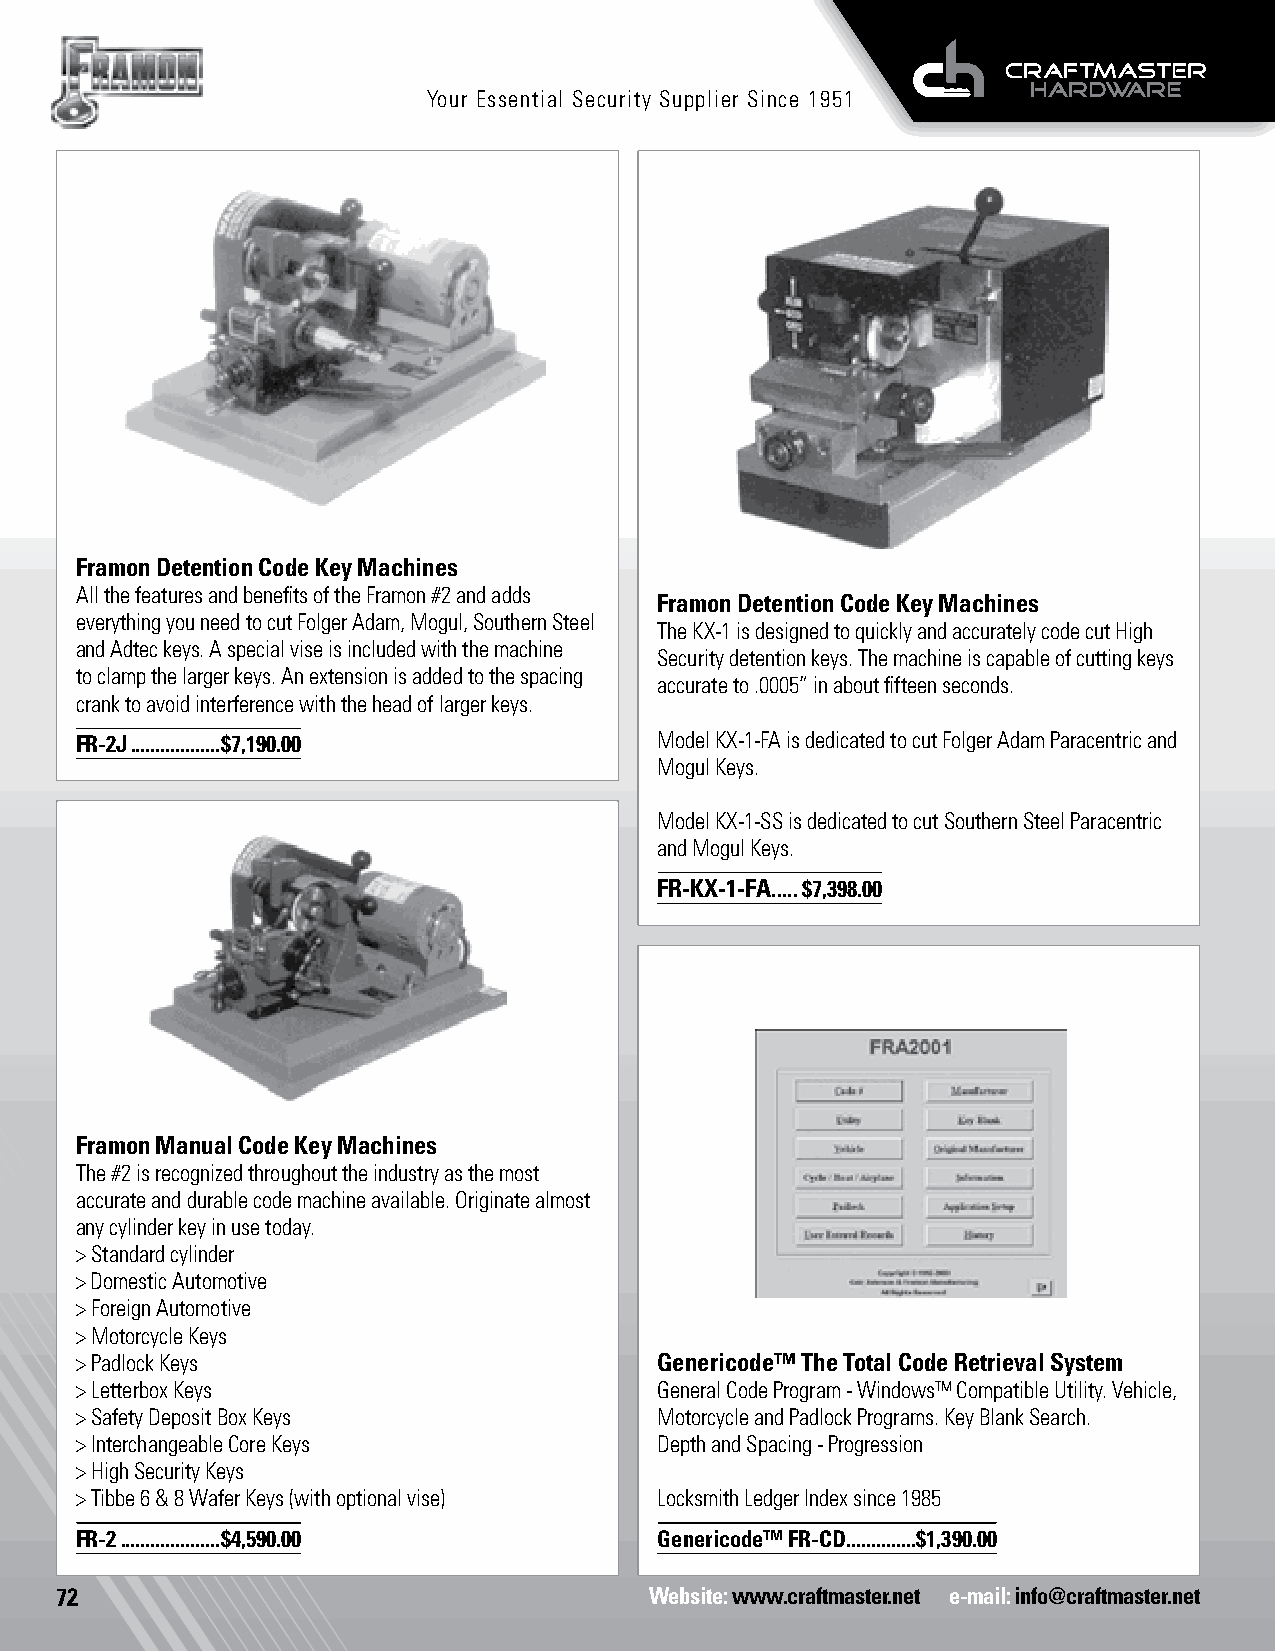
Your Essential Security Supplier Since 1951
 Framon Detention Code Key Machines
 All the features and benefits of the Framon #2 and adds
 Framon Detention Code Key Machines
 everything you need to cut Folger Adam, Mogul, Southern Steel
 The KX-1 is designed to quickly and accurately code cut High
 and Adtec keys. A special vise is included with the machine
 Security detention keys. The machine is capable of cutting keys
 to clamp the larger keys. An extension is added to the spacing
 accurate to .0005” in about fifteen seconds.
 crank to avoid interference with the head of larger keys.
 FR-2J ..................$7,190.00      Model KX-1-FA is dedicated to cut Folger Adam Paracentric and
 Mogul Keys.
 Model KX-1-SS is dedicated to cut Southern Steel Paracentric
 and Mogul Keys.
 FR-KX-1-FA .....$7,398.00
 Framon Manual Code Key Machines
 The #2 is recognized throughout the industry as the most
 accurate and durable code machine available. Originate almost
 any cylinder key in use today.
 > Standard cylinder
 > Domestic Automotive
 > Foreign Automotive
 > Motorcycle Keys
 > Padlock Keys                         Genericode™ The Total Code Retrieval System
 > Letterbox Keys                       General Code Program - Windows™ Compatible Utility. Vehicle,
 > Safety Deposit Box Keys              Motorcycle and Padlock Programs. Key Blank Search.
 > Interchangeable Core Keys            Depth and Spacing - Progression
 > High Security Keys
 > Tibbe 6 & 8 Wafer Keys (with optional vise) Locksmith Ledger Index since 1985
 FR-2 ....................$4,590.00     Genericode™ FR-CD ..............$1,390.00
 72                                     Website: www.craftmaster.net e-mail: info@craftmaster.net